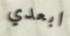
ابعدي